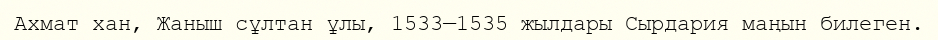
Ахмат хан, Жаныш сұлтан ұлы, 1533—1535 жылдары Сырдария маңын билеген.